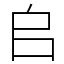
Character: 𠂤